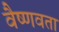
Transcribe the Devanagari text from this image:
वैष्णवता